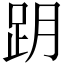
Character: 跀